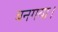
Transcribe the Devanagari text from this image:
बनगया।